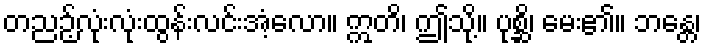
တညဉ့်လုံးလုံးထွန်းလင်းအံ့လော။ ဣတိ၊ ဤသို့။ ပုစ္ဆိ၊ မေး၏။ ဘန္တေ၊